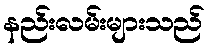
နည်းလမ်းများသည်